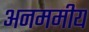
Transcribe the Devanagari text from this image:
अनममीय